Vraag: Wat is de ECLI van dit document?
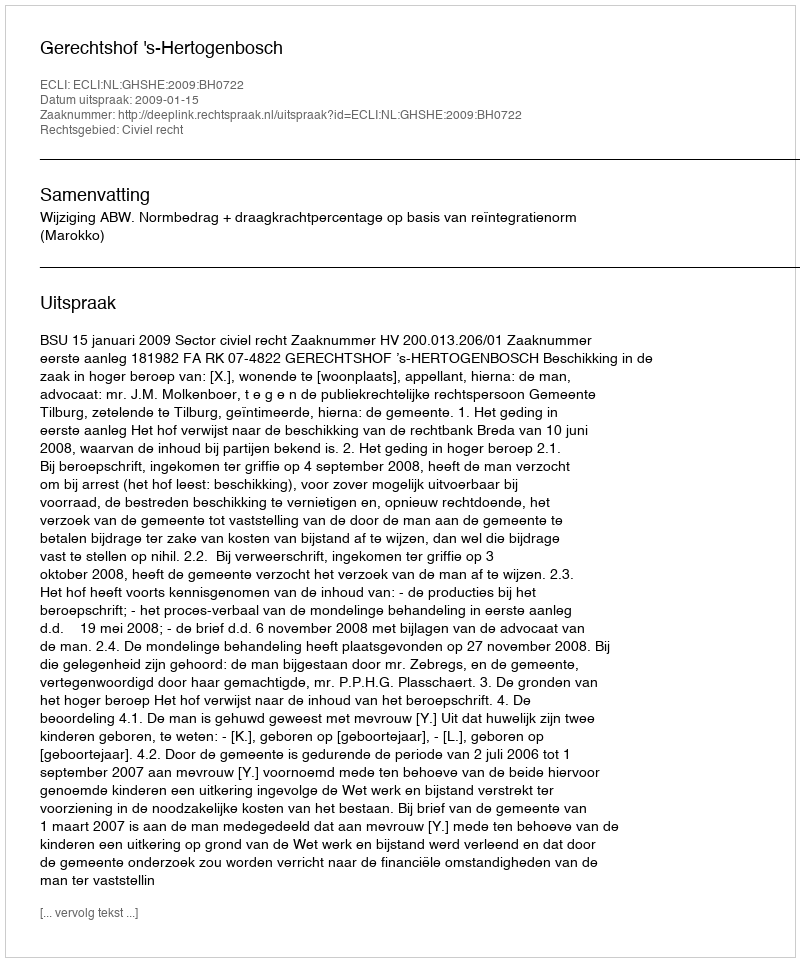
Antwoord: ECLI:NL:GHSHE:2009:BH0722